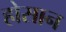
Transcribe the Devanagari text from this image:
होसान